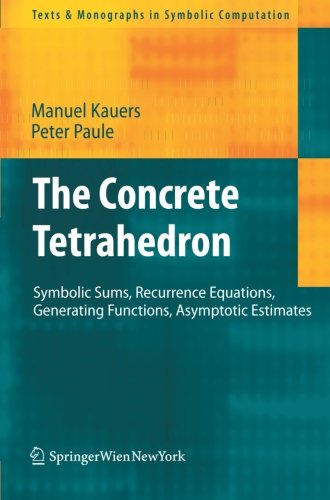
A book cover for The Concrete Tetrahedron: Symbolic Sums, Recurrence Equations, Generating Functions, Asymptotic Estimates (Texts & Monographs in Symbolic Computation); Manuel Kauers; Computers & Technology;